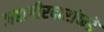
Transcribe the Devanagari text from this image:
जहागीरदारांकडे